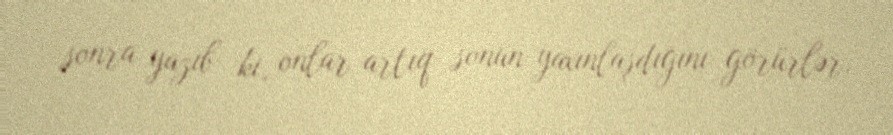
sonra yazıb ki, onlar artıq sonun yaxınlaşdığını görürlər.